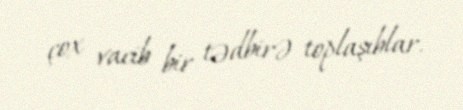
çox vacib bir tədbirə toplaşıblar.